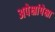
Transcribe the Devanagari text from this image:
अपेक्षांपेक्षा